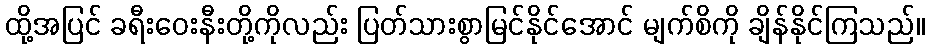
ထို့အပြင် ခရီးဝေးနီးတို့ကိုလည်း ပြတ်သားစွာမြင်နိုင်အောင် မျက်စိကို ချိန်နိုင်ကြသည်။